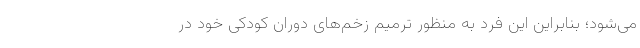
می‌شود؛ بنابراین این فرد به منظور ترمیم زخم‌های دوران کودکی خود در